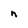
Character: n